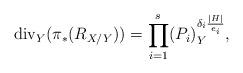
LaTeX: \begin{align*}\mathrm{div}_Y(\pi_*(R_{X/Y}))=\prod_{i=1}^s (P_i)_Y^{\delta_i \frac{|H|}{e_i}},\end{align*}